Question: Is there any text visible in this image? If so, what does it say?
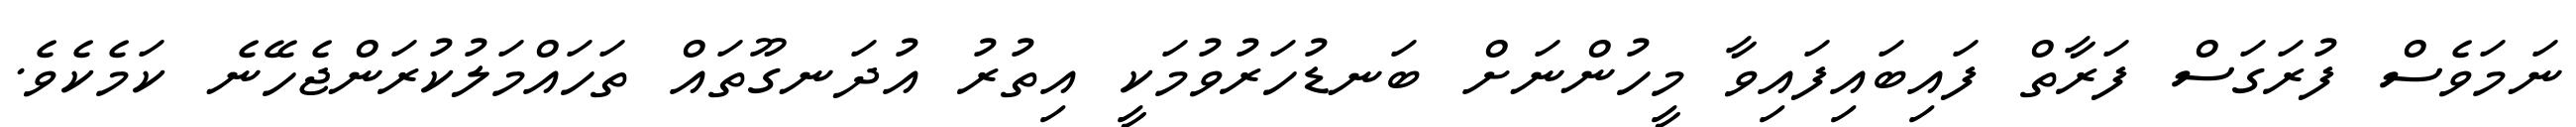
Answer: ނަމަވެސް ފުރަގަސް ފަރާތް ފައިބައިފައިވާ މީހުންނަށް ބަނޑުހަރުވުމަކީ އިތުރު އުދަނގޫތައް ތަހައްމަލުކުރަންޖެހޭނެ ކަމެކެވެ.